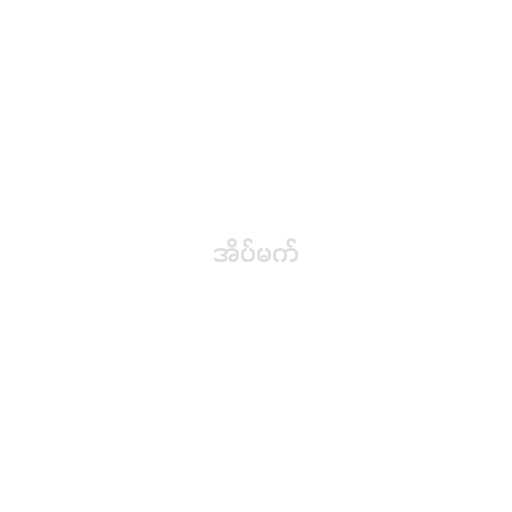
အိပ်မက်